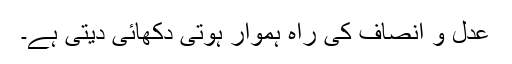
عدل و انصاف کی راہ ہموار ہوتی دکھائی دیتی ہے۔